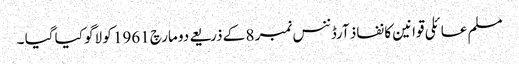
مسلم عائلی قوانین کا نفاذ آرڈننس نمبر 8 کے ذریعے دو مارچ 1961 کو لاگو کیا گیا ۔